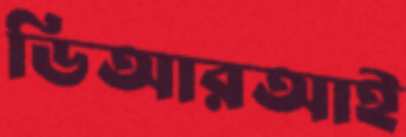
ডিআরআই